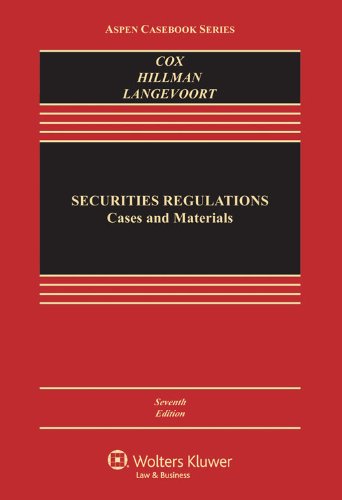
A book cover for Securities Regulation: Cases and Materials, Seventh Edition (Aspen Casebook); James D. Cox; Law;